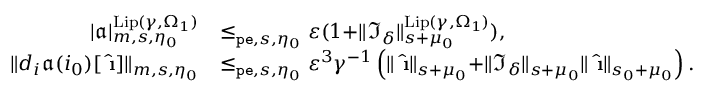
\begin{array} { r l } { | \mathfrak { a } | _ { m , s , \eta _ { 0 } } ^ { \mathrm { L i p } ( \gamma , \Omega _ { 1 } ) } } & { \le _ { \mathtt { p e } , s , \eta _ { 0 } } \varepsilon ( 1 + \rVert \mathfrak { I } _ { \delta } \rVert _ { s + \mu _ { 0 } } ^ { \mathrm { L i p } ( \gamma , \Omega _ { 1 } ) } ) , } \\ { \rVert d _ { i } \mathfrak { a } ( i _ { 0 } ) [ \hat { \textbf { \i } } ] \rVert _ { m , s , \eta _ { 0 } } } & { \le _ { \mathtt { p e } , s , \eta _ { 0 } } \varepsilon ^ { 3 } \gamma ^ { - 1 } \left( \rVert \hat { \textbf { \i } } \rVert _ { s + \mu _ { 0 } } + \rVert \mathfrak { I } _ { \delta } \rVert _ { s + \mu _ { 0 } } \rVert \hat { \textbf { \i } } \rVert _ { s _ { 0 } + \mu _ { 0 } } \right) . } \end{array}